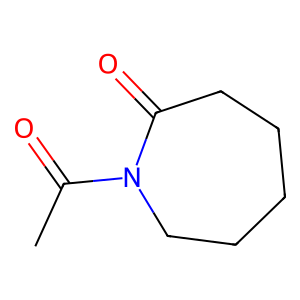
SMILES: CC(=O)N1CCCCCC1=O
Inhibits HIV replication: No